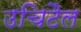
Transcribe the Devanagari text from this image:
उचिटैल